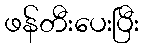
ဖန်တီးပေးပြီး